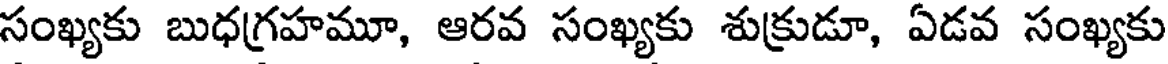
సంఖ్యకు బుధగ్రహమూ, ఆరవ సంఖ్యకు శుక్రుడూ, ఏడవ సంఖ్యకు